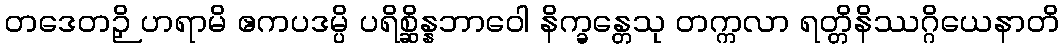
တဒေတဉှိ ဟရာမိ ဧကပဒမ္ပိ ပရိစ္ဆိန္နဘာဝေါ နိက္ခန္တေသု တက္ကလာ ရတ္တိနိဿဂ္ဂိယေနာတိ